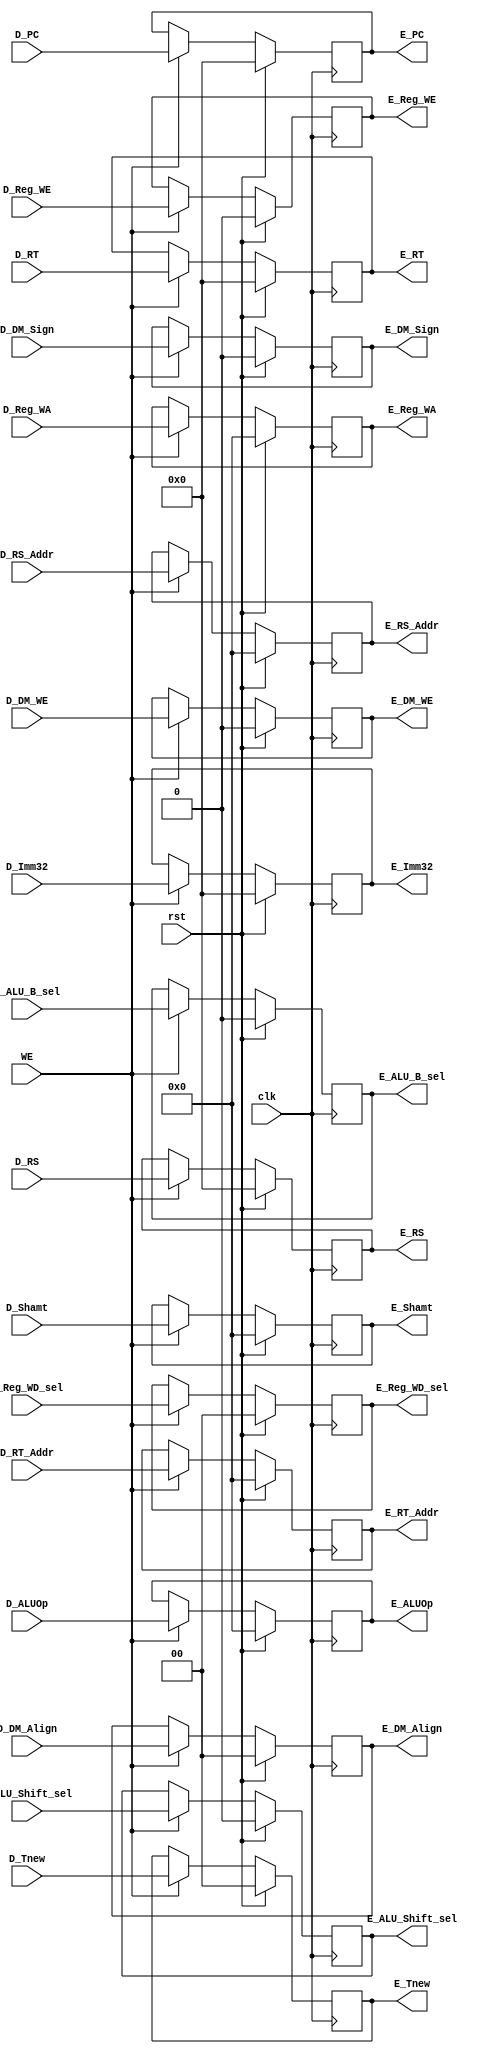
// This program was cloned from: https://github.com/Qin-shihuang/BUAA_CO_2023
// License: MIT License

module E_Reg (
    input wire clk,
    input wire rst,
    input wire WE,

    input wire [31:0] D_PC,
    input wire [1:0] D_Tnew,

    input wire [4:0] D_RS_Addr,
    input wire [31:0] D_RS,
    input wire [31:0] D_Imm32,
    input wire [4:0] D_Shamt,
    input wire D_ALU_B_sel,
    input wire D_ALU_Shift_sel,
    input wire [4:0] D_ALUOp,

    input wire [4:0] D_RT_Addr,
    input wire [31:0] D_RT,
    input wire D_DM_WE,
    input wire [1:0] D_DM_Align,
    input wire D_DM_Sign,

    input wire D_Reg_WE,
    input wire [4:0] D_Reg_WA,
    input wire [1:0] D_Reg_WD_sel,

    output reg [31:0] E_PC,
    output reg [1:0] E_Tnew,

    output reg [4:0] E_RS_Addr,
    output reg [31:0] E_RS,
    output reg [31:0] E_Imm32,
    output reg [4:0] E_Shamt,
    output reg E_ALU_B_sel,
    output reg E_ALU_Shift_sel,
    output reg [4:0] E_ALUOp,

    output reg [4:0] E_RT_Addr,
    output reg [31:0] E_RT,
    output reg E_DM_WE,
    output reg [1:0] E_DM_Align,
    output reg E_DM_Sign,

    output reg E_Reg_WE,
    output reg [4:0] E_Reg_WA,
    output reg [1:0] E_Reg_WD_sel
);
    always @(posedge clk) begin
        if (rst) begin 
            E_PC <= 0;
            E_Tnew <= 0;
            E_RS_Addr <= 0;
            E_RS <= 0;
            E_Imm32 <= 0;
            E_Shamt <= 0;
            E_ALU_B_sel <= 0;
            E_ALU_Shift_sel <= 0;
            E_ALUOp <= 0;
            E_RT_Addr <= 0;
            E_RT <= 0;
            E_DM_WE <= 0;
            E_DM_Align <= 0;
            E_DM_Sign <= 0;
            E_Reg_WE <= 0;
            E_Reg_WA <= 0;
            E_Reg_WD_sel <= 0;
        end
        else if (WE) begin
            E_PC <= D_PC;
            E_Tnew <= D_Tnew;
            E_RS_Addr <= D_RS_Addr;
            E_RS <= D_RS;
            E_Imm32 <= D_Imm32;
            E_Shamt <= D_Shamt;
            E_ALU_B_sel <= D_ALU_B_sel;
            E_ALU_Shift_sel <= D_ALU_Shift_sel;
            E_ALUOp <= D_ALUOp;
            E_RT_Addr <= D_RT_Addr;
            E_RT <= D_RT;
            E_DM_WE <= D_DM_WE;
            E_DM_Align <= D_DM_Align;
            E_DM_Sign <= D_DM_Sign;
            E_Reg_WE <= D_Reg_WE;
            E_Reg_WA <= D_Reg_WA;
            E_Reg_WD_sel <= D_Reg_WD_sel;
        end
    end  
endmodule